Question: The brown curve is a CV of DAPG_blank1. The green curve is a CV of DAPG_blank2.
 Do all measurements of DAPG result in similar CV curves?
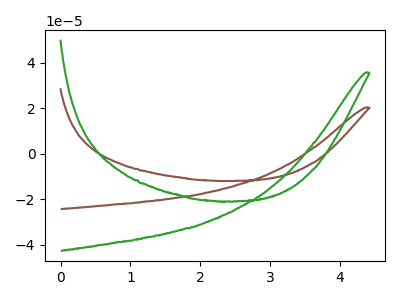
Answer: <think>The brown curve "DAPG_blank1" has no peaks. The green curve "DAPG_blank2" has no peaks.
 Neither "DAPG_blank1" or "DAPG_blank2" have any peaks.</think>
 <answer>All the CV's of "DAPG" have similar shape.</answer>
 <eval>follow_rule</eval>